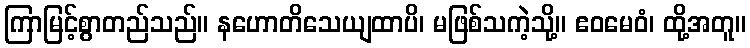
ကြာမြင့်စွာတည်သည်။ နဟောတိသေယျထာပိ၊ မဖြစ်သကဲ့သို့။ ဧဝမေဝံ၊ ထို့အတူ။